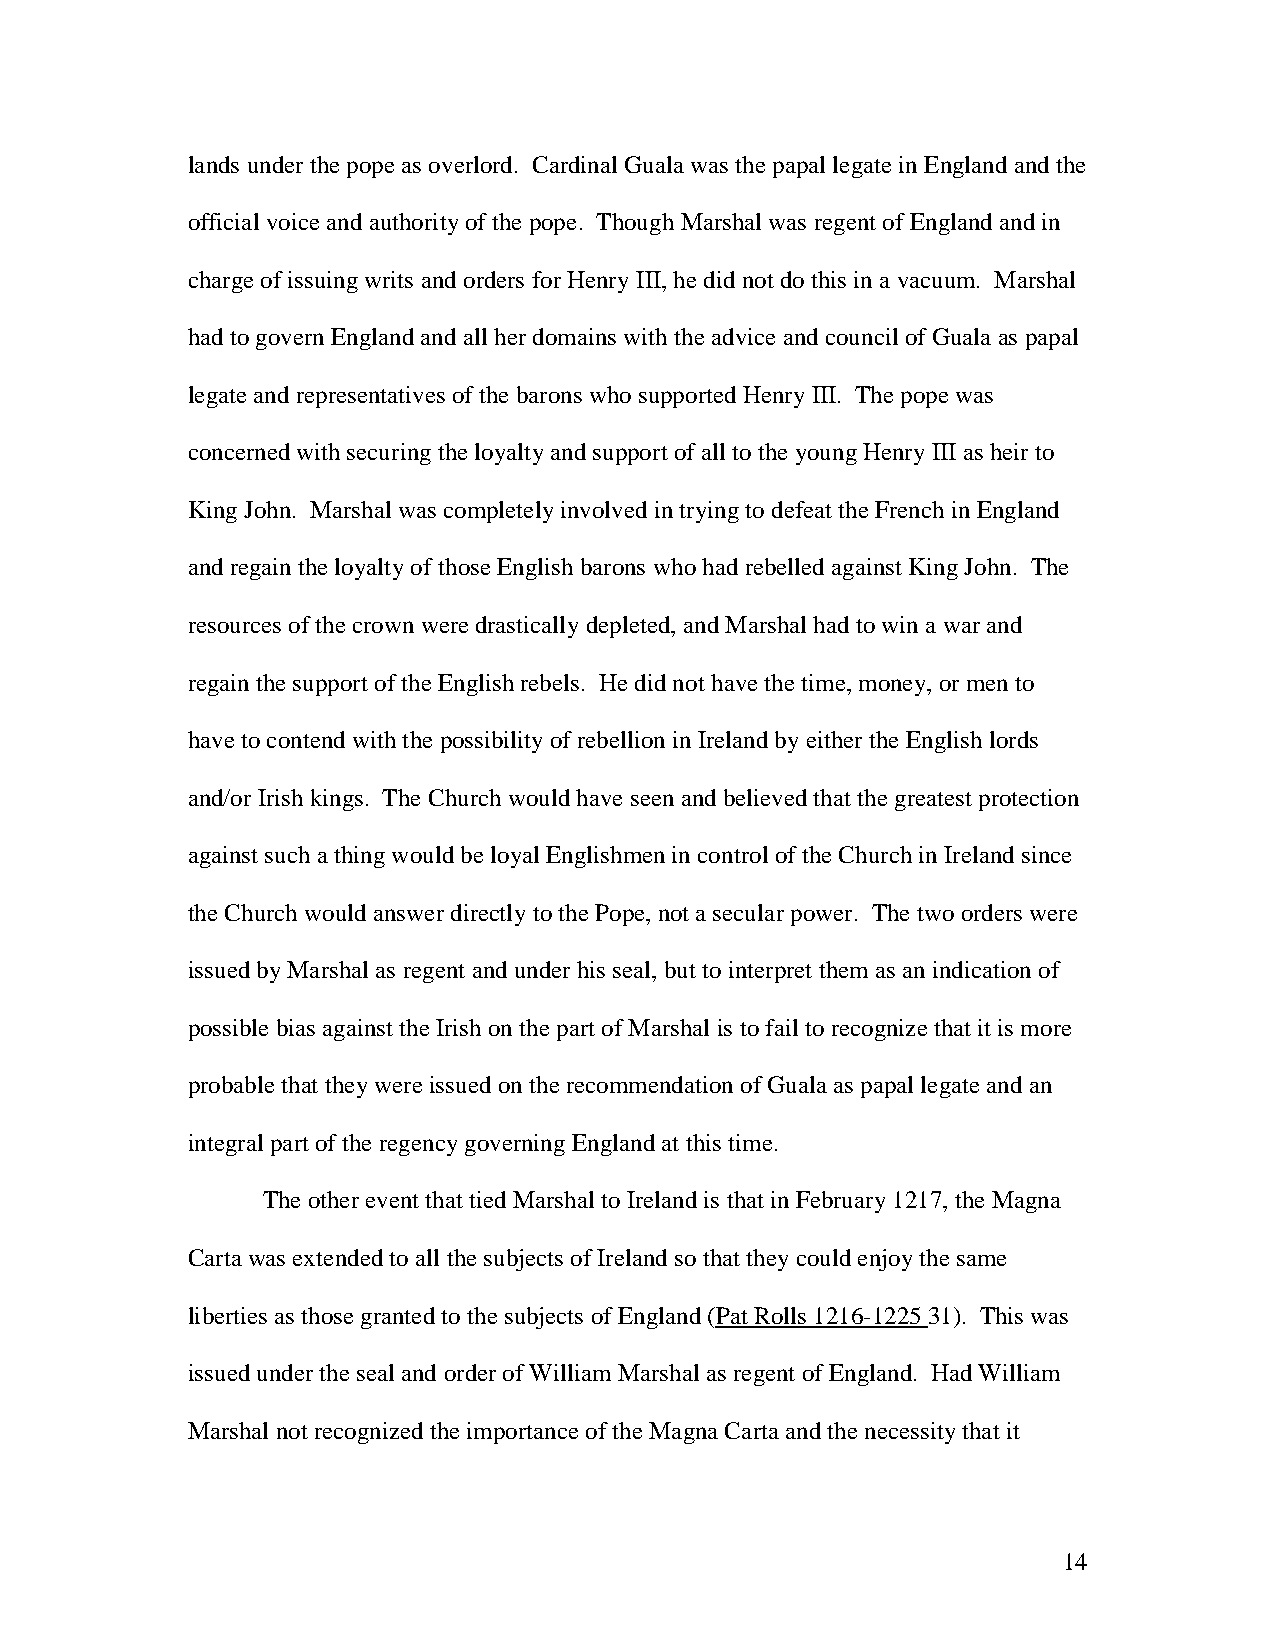
lands under the pope as overlord. Cardinal Guala was the papal legate in England and the
 official voice and authority of the pope. Though Marshal was regent of England and in
 charge of issuing writs and orders for Henry III, he did not do this in a vacuum. Marshal
 had to govern England and all her domains with the advice and council of Guala as papal
 legate and representatives of the barons who supported Henry III. The pope was
 concerned with securing the loyalty and support of all to the young Henry III as heir to
 King John. Marshal was completely involved in trying to defeat the French in England
 and regain the loyalty of those English barons who had rebelled against King John. The
 resources of the crown were drastically depleted, and Marshal had to win a war and
 regain the support of the English rebels. He did not have the time, money, or men to
 have to contend with the possibility of rebellion in Ireland by either the English lords
 and/or Irish kings. The Church would have seen and believed that the greatest protection
 against such a thing would be loyal Englishmen in control of the Church in Ireland since
 the Church would answer directly to the Pope, not a secular power. The two orders were
 issued by Marshal as regent and under his seal, but to interpret them as an indication of
 possible bias against the Irish on the part of Marshal is to fail to recognize that it is more
 probable that they were issued on the recommendation of Guala as papal legate and an
 integral part of the regency governing England at this time.
 The other event that tied Marshal to Ireland is that in February 1217, the Magna
 Carta was extended to all the subjects of Ireland so that they could enjoy the same
 liberties as those granted to the subjects of England (Pat Rolls 1216-1225 31). This was
 issued under the seal and order of William Marshal as regent of England. Had William
 Marshal not recognized the importance of the Magna Carta and the necessity that it
 14